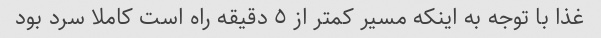
غذا با توجه به اینکه مسیر کمتر از ٥ دقیقه راه است کاملا سرد بود